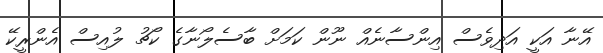
އޭނާ އަކީ އަދިވެސް އިންސާނެއް ނޫން ކަމަށް ބާސެލޯނާގެ ކޯޗު ލުއިސް އެންރީކޭ